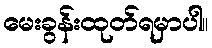
မေးခွန်းထုတ်ရမှာပါ။